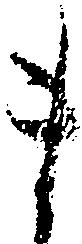
ま